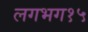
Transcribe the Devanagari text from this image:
लगभग१५